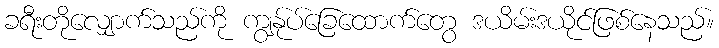
ခရီးတိုလျှောက်သည်ကို ကျွန်ုပ်ခြေထောက်တွေ ဒယိမ်းဒယိုင်ဖြစ်နေသည်။